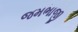
જમભાજી